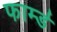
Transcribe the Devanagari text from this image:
फार्म्ड